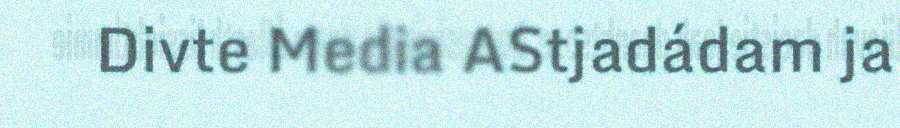
Divte Media AStjadádam ja